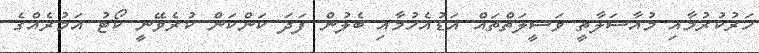
ހަރުކުރުމާއި މުއާސަލާތީ ވަސީލަތްތައް އަޑުއެހުމާއި ބެލުން ފަދަ ކަންކަން ކުރެވޭނީ ކޯޓު އަމުރެއްގެ